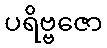
ပရိဗ္ဗဇော